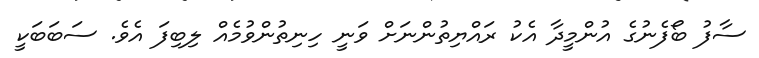
ސާފު ބޯފެނުގެ އުންމީދާ އެކު ރައްޔިތުންނަށް ވަނީ ހިނިތުންވުމެއް ލިބިފަ އެވެ. ސަބަބަކީ